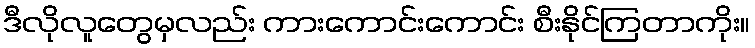
ဒီလိုလူတွေမှလည်း ကားကောင်းကောင်း စီးနိုင်ကြတာကိုး။